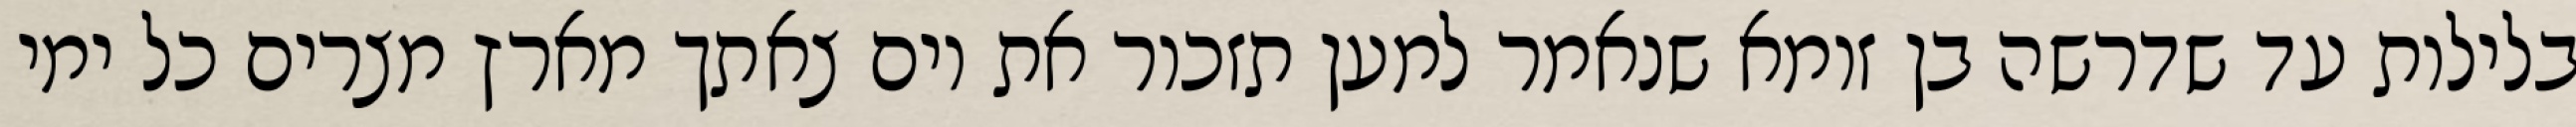
בלילות עד שדרשה בן זומא שנאמר למען תזכור את יום צאתך מארץ מצרים כל ימי